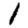
Digit: 1